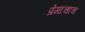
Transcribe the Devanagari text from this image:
प्रेमाचाच